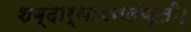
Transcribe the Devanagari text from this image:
शब्दार्थावनलंकृती।